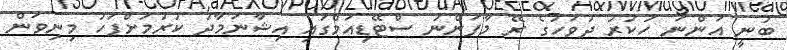
ބުނީ އަންނަ ހުކުރު ދުވަހުގެ ރޭ މާފަންނު ސްޓޭޑިއަމްގައި އިޝާނަމާދު ކުރުމަށްފަހު މިނިވަން